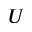
U